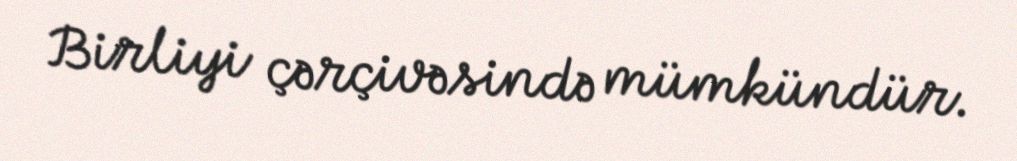
Birliyi çərçivəsində mümkündür.